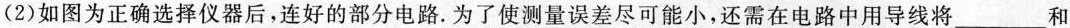
(2)如图为正确选择仪器后，连好的部分电路。为了使测量误差尽可能小，还需在电路中用导线将___和